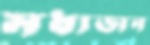
মধ্যডান